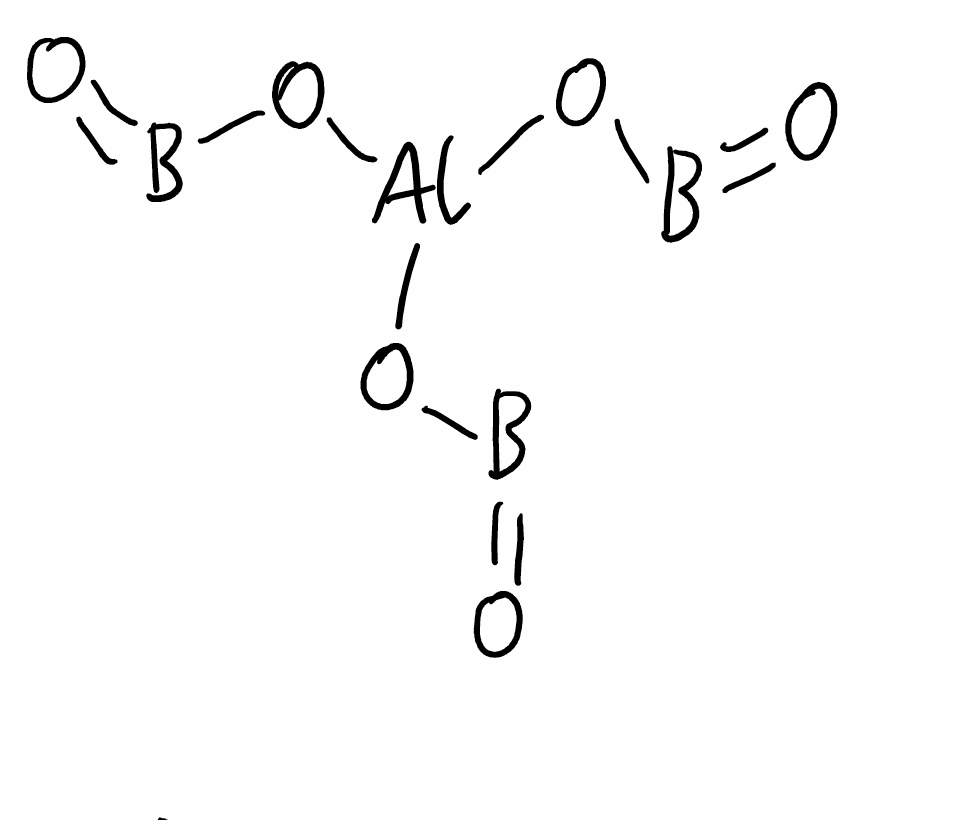
Simplified molecular-input line-entry system (SMILES) notation of the given molecule:
B(=O)O[Al](OB=O)OB=O